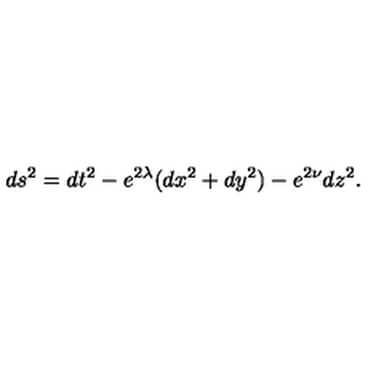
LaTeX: d s ^ { 2 } = d t ^ { 2 } - e ^ { 2 \lambda } ( d x ^ { 2 } + d y ^ { 2 } ) - e ^ { 2 \nu } d z ^ { 2 } .